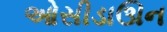
ઓસીડાઊન